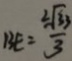
B E = \frac { 2 \sqrt { 3 3 } } { 3 }